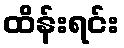
ထိန်းရင်း